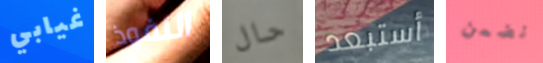
غيابي النفوذ حال أستبعد نضمن